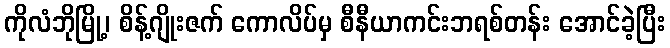
ကိုလံဘိုမြို့၊ စိန့်ဂျိုးဇက် ကောလိပ်မှ စီနီယာကင်းဘရစ်တန်း အောင်ခဲ့ပြီး